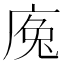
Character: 𢉕